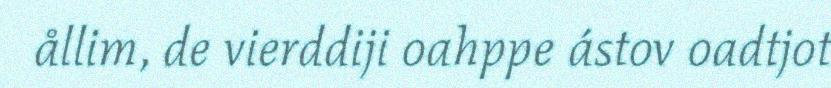
ållim, de vierddiji oahppe ástov oadtjot